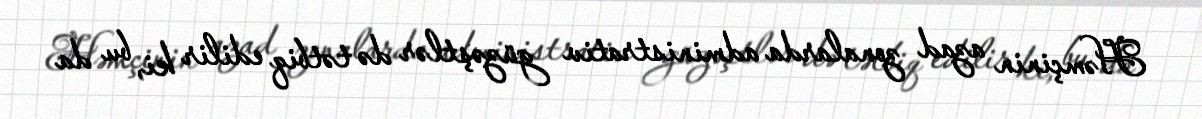
Həmçinin azad zonalarda administrativ güzəştlər də tətbiq edilir ki, bu da